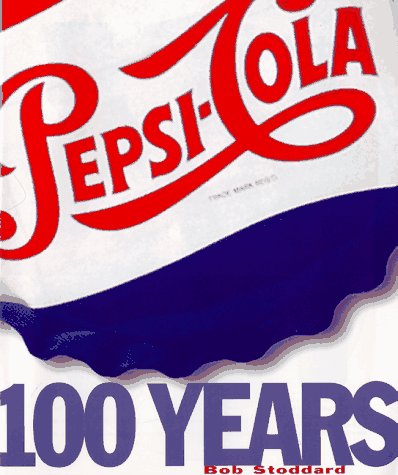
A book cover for Pepsi : 100 Years.; Bob Stoddard; Crafts, Hobbies & Home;